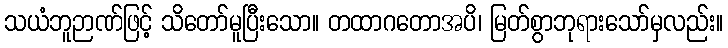
သယံဘူဉာဏ်ဖြင့် သိတော်မူပြီးသော။ တထာဂတောအပိ၊ မြတ်စွာဘုရားသော်မှလည်း။